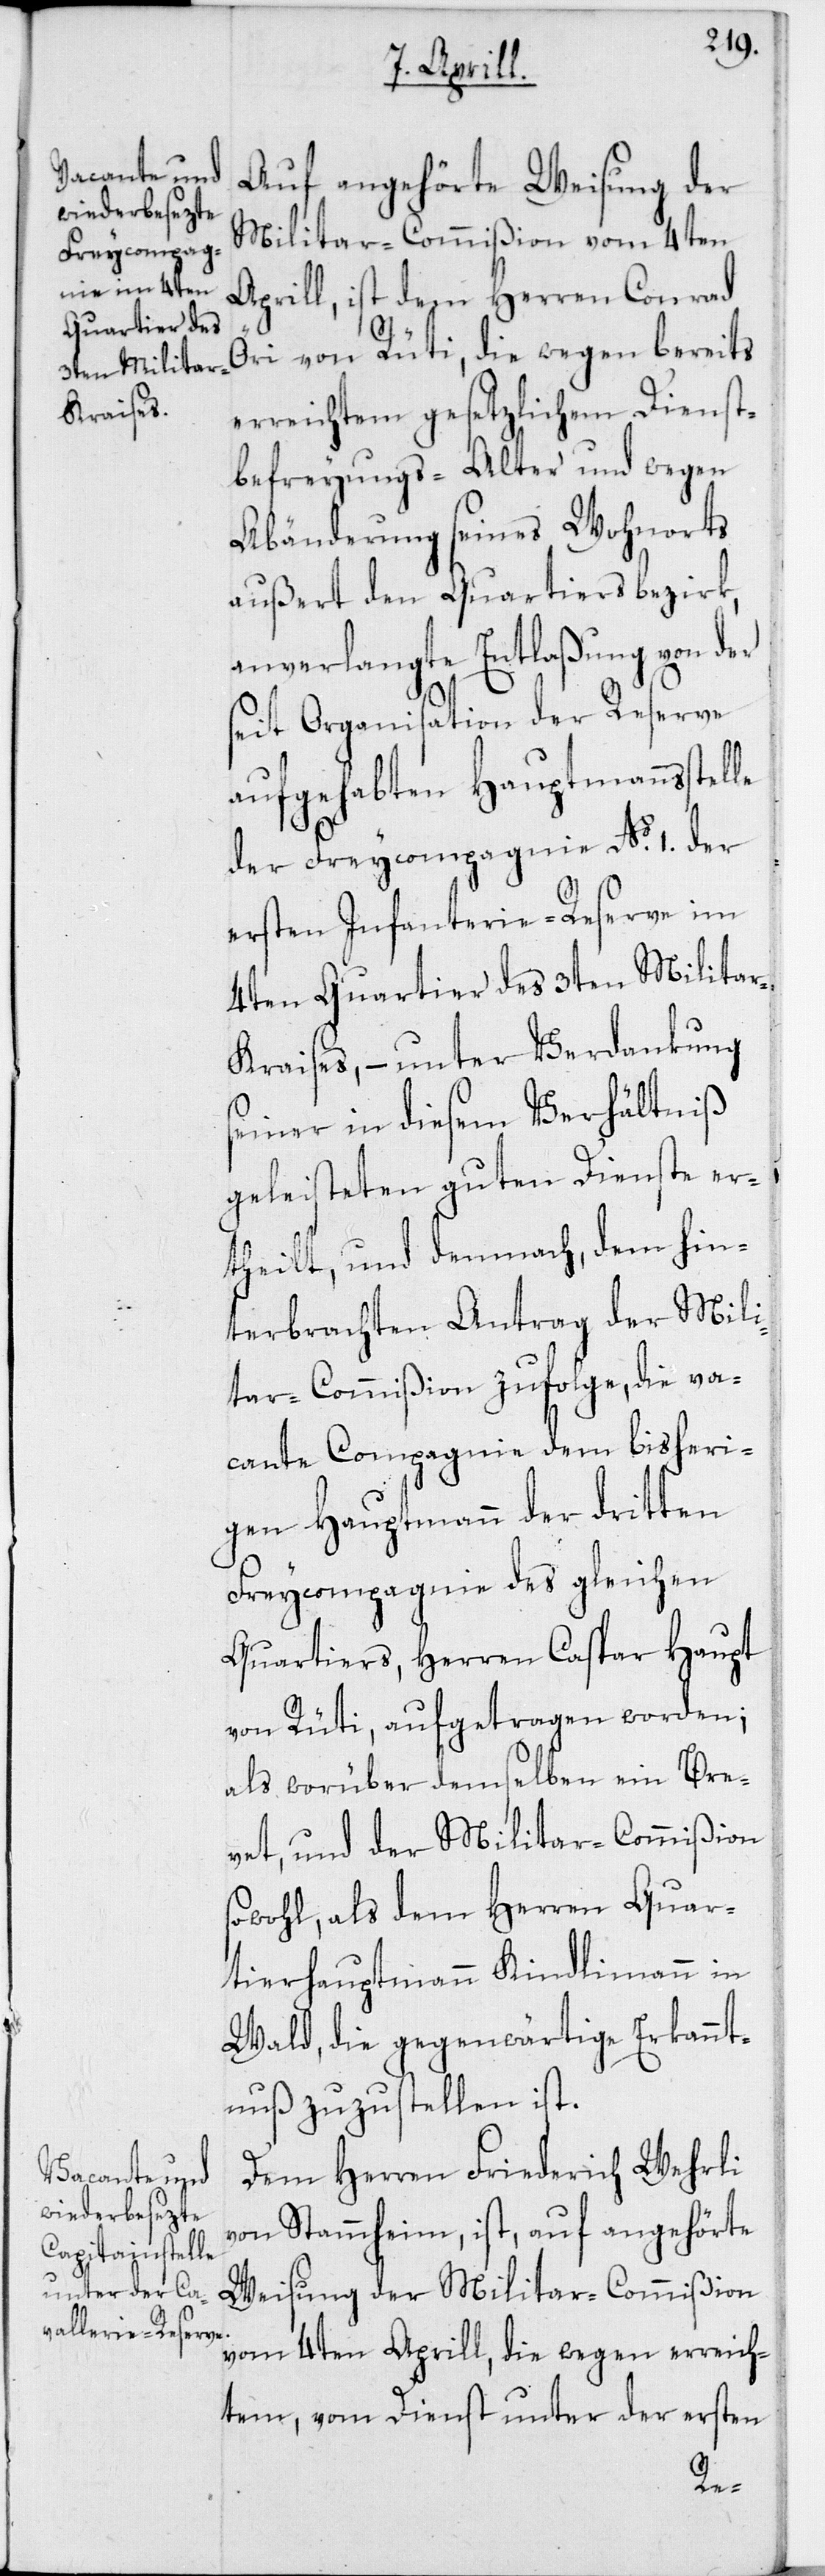
Auf angehörte Weisung der
Militar-Commißion vom 4ten
Aprill, ist dem Herren Conrad
Öri von Rüti, die wegen bereits
erreichtem gesetzlichem Dienst¬
befreyungs-Alter und wegen
Abänderung seines Wohnorts
außert den Quartiersbezirk,
anverlangte Entlaßung von der
seit Organisation der Reserve
aufgehabten Hauptmannsstelle
der Freycompagnie No 1. der
ersten Infanterie-Reserve im
4ten Quartier des 3ten Milita¬
r-Kraises, – unter Verdankung
seiner in diesem Verhältniß
geleisteten guten Dienste er¬
theilt, und demnach, dem hin¬
terbrachten Antrag der Mili¬
tar-Commißion zufolge, die va¬
cante Compagnie dem bisheri¬
gen Hauptmann der dritten
Freycompagnie des gleichen
Quartiers, Herren Caspar Haupt
von Rüti, aufgetragen worden;
als worüber demselben ein Bre¬
vet, und der Militar-Commißion
sowohl, als dem Herren Quar¬
tierhauptmann Kindlimann in
Wald, die gegenwärtige Erkannt¬
nuß zuzustellen ist.
Dem Herren Friederich Wehrli
von Stammheim, ist, auf angehörte
Weisung der Militar-Commißion
vom 4ten Aprill, die wegen erreich¬
tem, vom Dienst unter der ersten